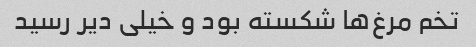
تخم مرغ‌ها شکسته بود و خیلی دیر رسید